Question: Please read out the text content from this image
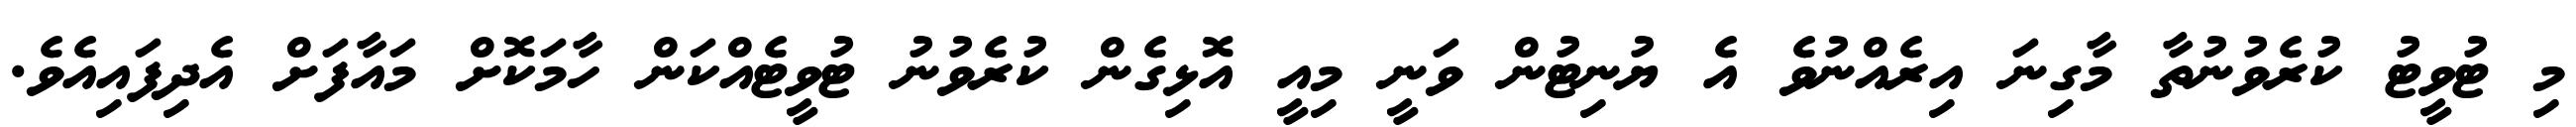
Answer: މި ޓުވީޓު ކުރެވުނުތާ މާގިނަ އިރެއްނުވެ އެ ޔުނިޓުން ވަނީ މިއީ އޮޅިގެން ކުރެވުނު ޓުވީޓެއްކަން ހާމަކޮށް މައާފަށް އެދިފައިއެވެ.